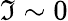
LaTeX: \mathfrak{I}\sim0